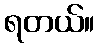
ရတယ်။